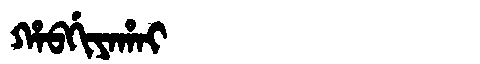
Manchu: ᡥᠠᠪᡤᡳᠶᠠᡥᠠᡳ
Romanization: HABGIYAHAI